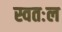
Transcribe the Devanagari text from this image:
स्वतःल